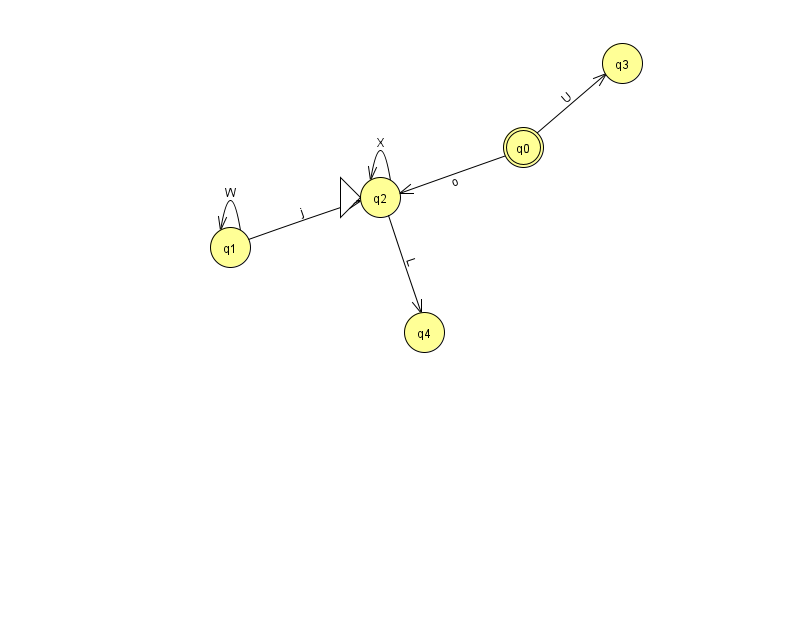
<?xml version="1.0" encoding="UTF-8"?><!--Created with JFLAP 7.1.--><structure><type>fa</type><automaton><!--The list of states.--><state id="0" name="q0"><x>523.0</x><y>134.0</y><final/></state><state id="1" name="q1"><x>230.0</x><y>234.0</y></state><state id="2" name="q2"><x>380.0</x><y>184.0</y><initial/></state><state id="3" name="q3"><x>622.0</x><y>50.0</y></state><state id="4" name="q4"><x>424.0</x><y>319.0</y></state><!--The list of transitions.--><transition><from>0</from><to>2</to><read>o</read></transition><transition><from>1</from><to>2</to><read>j</read></transition><transition><from>1</from><to>1</to><read>W</read></transition><transition><from>2</from><to>2</to><read>X</read></transition><transition><from>2</from><to>4</to><read>L</read></transition><transition><from>0</from><to>3</to><read>U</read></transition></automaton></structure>